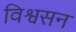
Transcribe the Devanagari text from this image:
विश्वसन